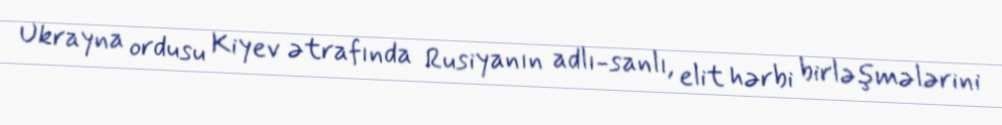
Ukrayna ordusu Kiyev ətrafında Rusiyanın adlı-sanlı, elit hərbi birləşmələrini